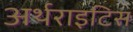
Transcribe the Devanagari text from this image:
अर्थराइटिस